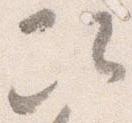
次